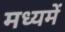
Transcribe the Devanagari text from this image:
मध्यमें